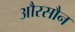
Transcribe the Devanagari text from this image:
औरसौन